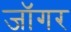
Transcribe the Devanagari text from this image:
जॉगर